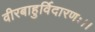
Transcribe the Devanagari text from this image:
वीरबाहुर्विदारणः।।